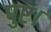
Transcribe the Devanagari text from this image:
पुष्ट।